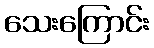
သေးကြောင်း